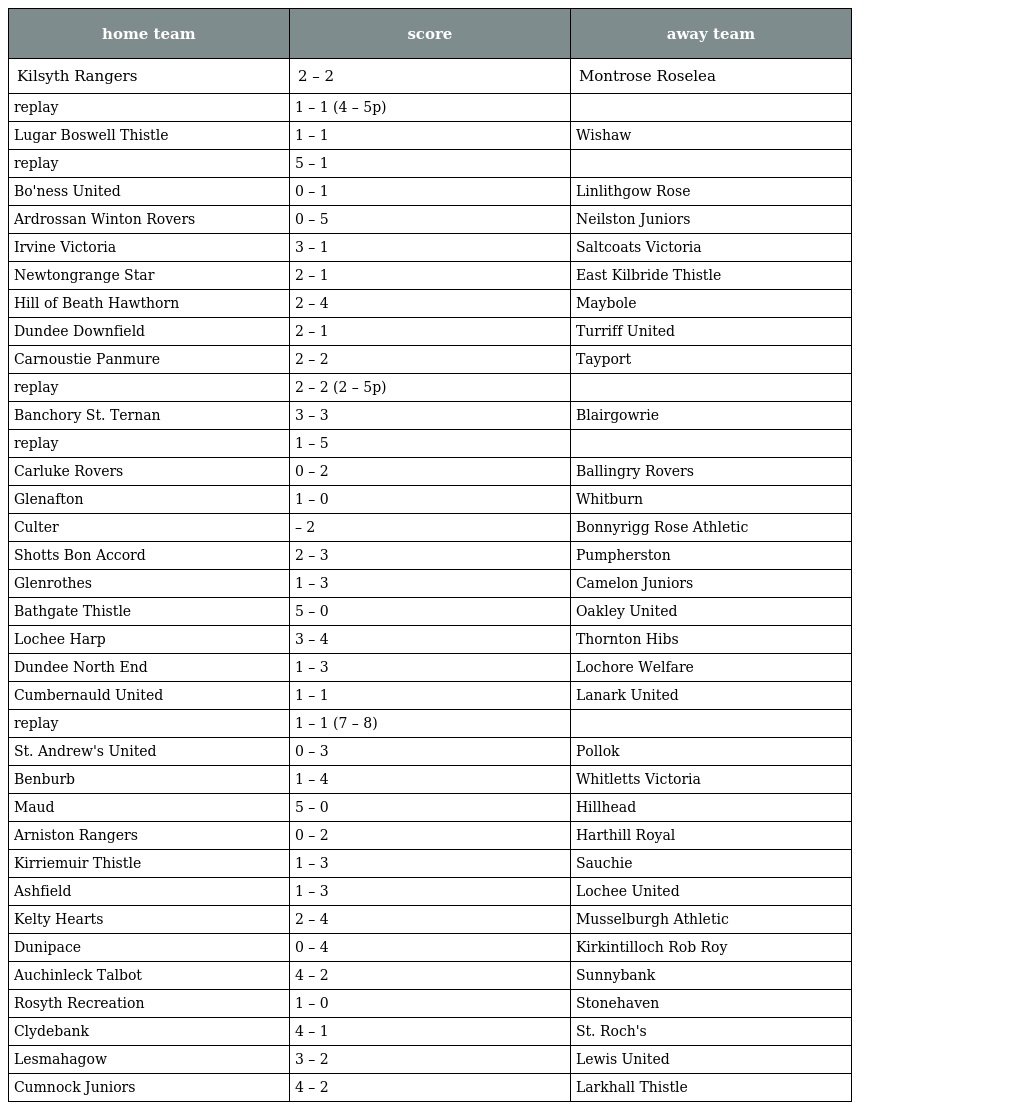
| home team | score | away team |
 | --- | --- | --- |
 | Kilsyth Rangers | 2 – 2 | Montrose Roselea |
 | replay | 1 – 1 (4 – 5p) |  |
 | Lugar Boswell Thistle | 1 – 1 | Wishaw |
 | replay | 5 – 1 |  |
 | Bo'ness United | 0 – 1 | Linlithgow Rose |
 | Ardrossan Winton Rovers | 0 – 5 | Neilston Juniors |
 | Irvine Victoria | 3 – 1 | Saltcoats Victoria |
 | Newtongrange Star | 2 – 1 | East Kilbride Thistle |
 | Hill of Beath Hawthorn | 2 – 4 | Maybole |
 | Dundee Downfield | 2 – 1 | Turriff United |
 | Carnoustie Panmure | 2 – 2 | Tayport |
 | replay | 2 – 2 (2 – 5p) |  |
 | Banchory St. Ternan | 3 – 3 | Blairgowrie |
 | replay | 1 – 5 |  |
 | Carluke Rovers | 0 – 2 | Ballingry Rovers |
 | Glenafton | 1 – 0 | Whitburn |
 | Culter | – 2 | Bonnyrigg Rose Athletic |
 | Shotts Bon Accord | 2 – 3 | Pumpherston |
 | Glenrothes | 1 – 3 | Camelon Juniors |
 | Bathgate Thistle | 5 – 0 | Oakley United |
 | Lochee Harp | 3 – 4 | Thornton Hibs |
 | Dundee North End | 1 – 3 | Lochore Welfare |
 | Cumbernauld United | 1 – 1 | Lanark United |
 | replay | 1 – 1 (7 – 8) |  |
 | St. Andrew's United | 0 – 3 | Pollok |
 | Benburb | 1 – 4 | Whitletts Victoria |
 | Maud | 5 – 0 | Hillhead |
 | Arniston Rangers | 0 – 2 | Harthill Royal |
 | Kirriemuir Thistle | 1 – 3 | Sauchie |
 | Ashfield | 1 – 3 | Lochee United |
 | Kelty Hearts | 2 – 4 | Musselburgh Athletic |
 | Dunipace | 0 – 4 | Kirkintilloch Rob Roy |
 | Auchinleck Talbot | 4 – 2 | Sunnybank |
 | Rosyth Recreation | 1 – 0 | Stonehaven |
 | Clydebank | 4 – 1 | St. Roch's |
 | Lesmahagow | 3 – 2 | Lewis United |
 | Cumnock Juniors | 4 – 2 | Larkhall Thistle |